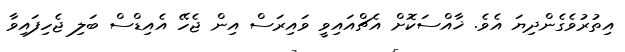
އިތުރުވެގެންދިޔަ އެވެ. ޚާއްސަކޮށް އެޗްއައިވީ ވައިރަސް އިން ޖެހޭ އެއިޑްސް ބަލި ޖެހިފައިވާ